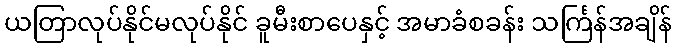
ယတြာလုပ်နိုင်မလုပ်နိုင် ခူမီးစာပေနှင့် အမာခံစခန်း သင်္ကြန်အချိန်